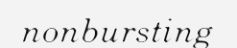
nonbursting